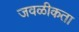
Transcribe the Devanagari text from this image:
जवळीकता